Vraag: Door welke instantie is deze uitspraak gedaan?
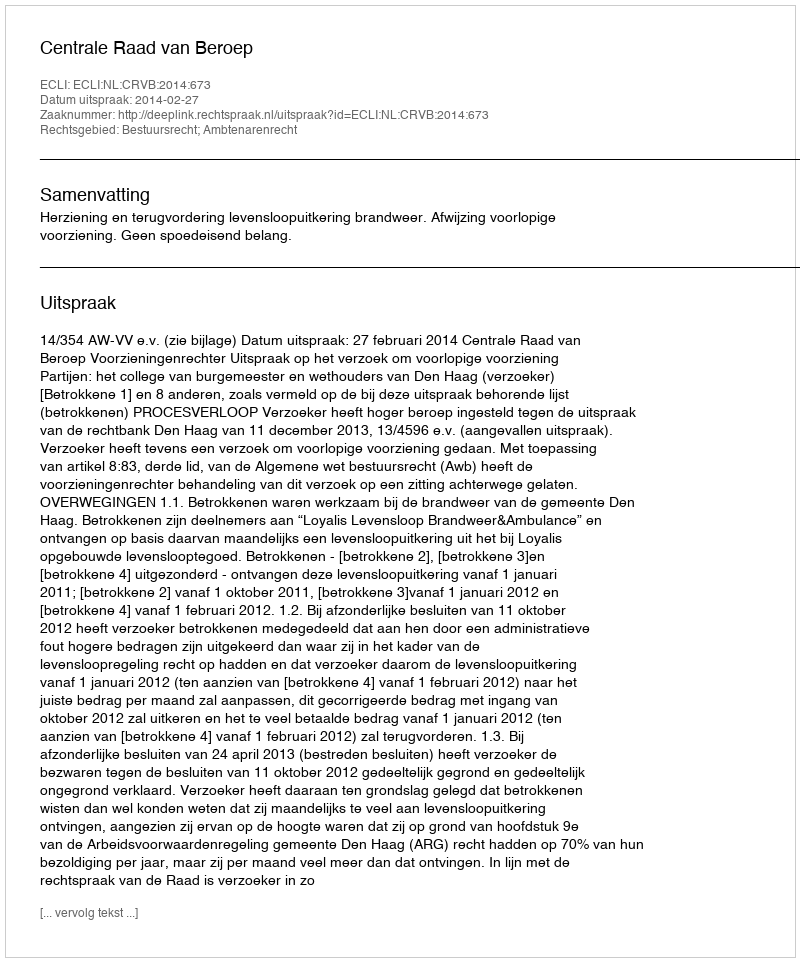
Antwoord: Centrale Raad van Beroep